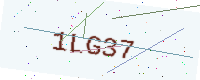
Text: 1LG37